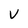
Character: V